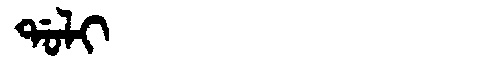
Manchu: ᡩᠣᠯᡳ
Romanization: DOLI